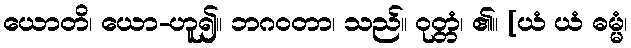
ယောတိ၊ ယော-ဟူ၍။ ဘဂဝတာ၊ သည်။ ဝုတ္တံ၊ ၏။ [ယံ ယံ ဓမ္မံ၊